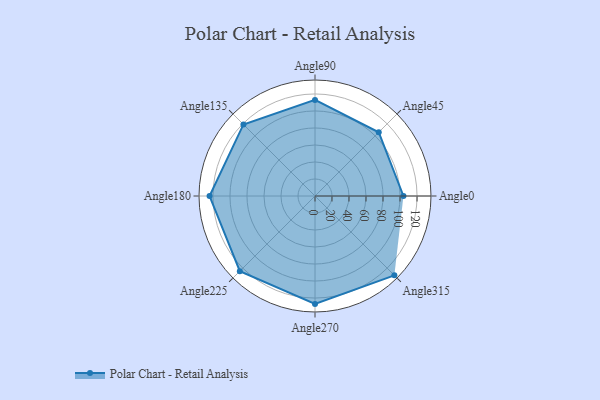
{"axis": {"x": "Angle", "y": "Radius"}, "legend": [""], "data": [{"x": "Angle0", "y": 104.0, "type": ""}, {"x": "Angle45", "y": 106.0, "type": ""}, {"x": "Angle90", "y": 113.0, "type": ""}, {"x": "Angle135", "y": 119.0, "type": ""}, {"x": "Angle180", "y": 124.0, "type": ""}, {"x": "Angle225", "y": 125.0, "type": ""}, {"x": "Angle270", "y": 127.0, "type": ""}, {"x": "Angle315", "y": 132.0, "type": ""}]}